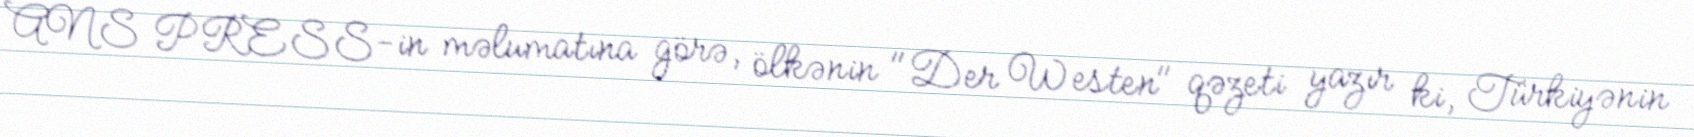
ANS PRESS-in məlumatına görə, ölkənin "Der Westen" qəzeti yazır ki, Türkiyənin